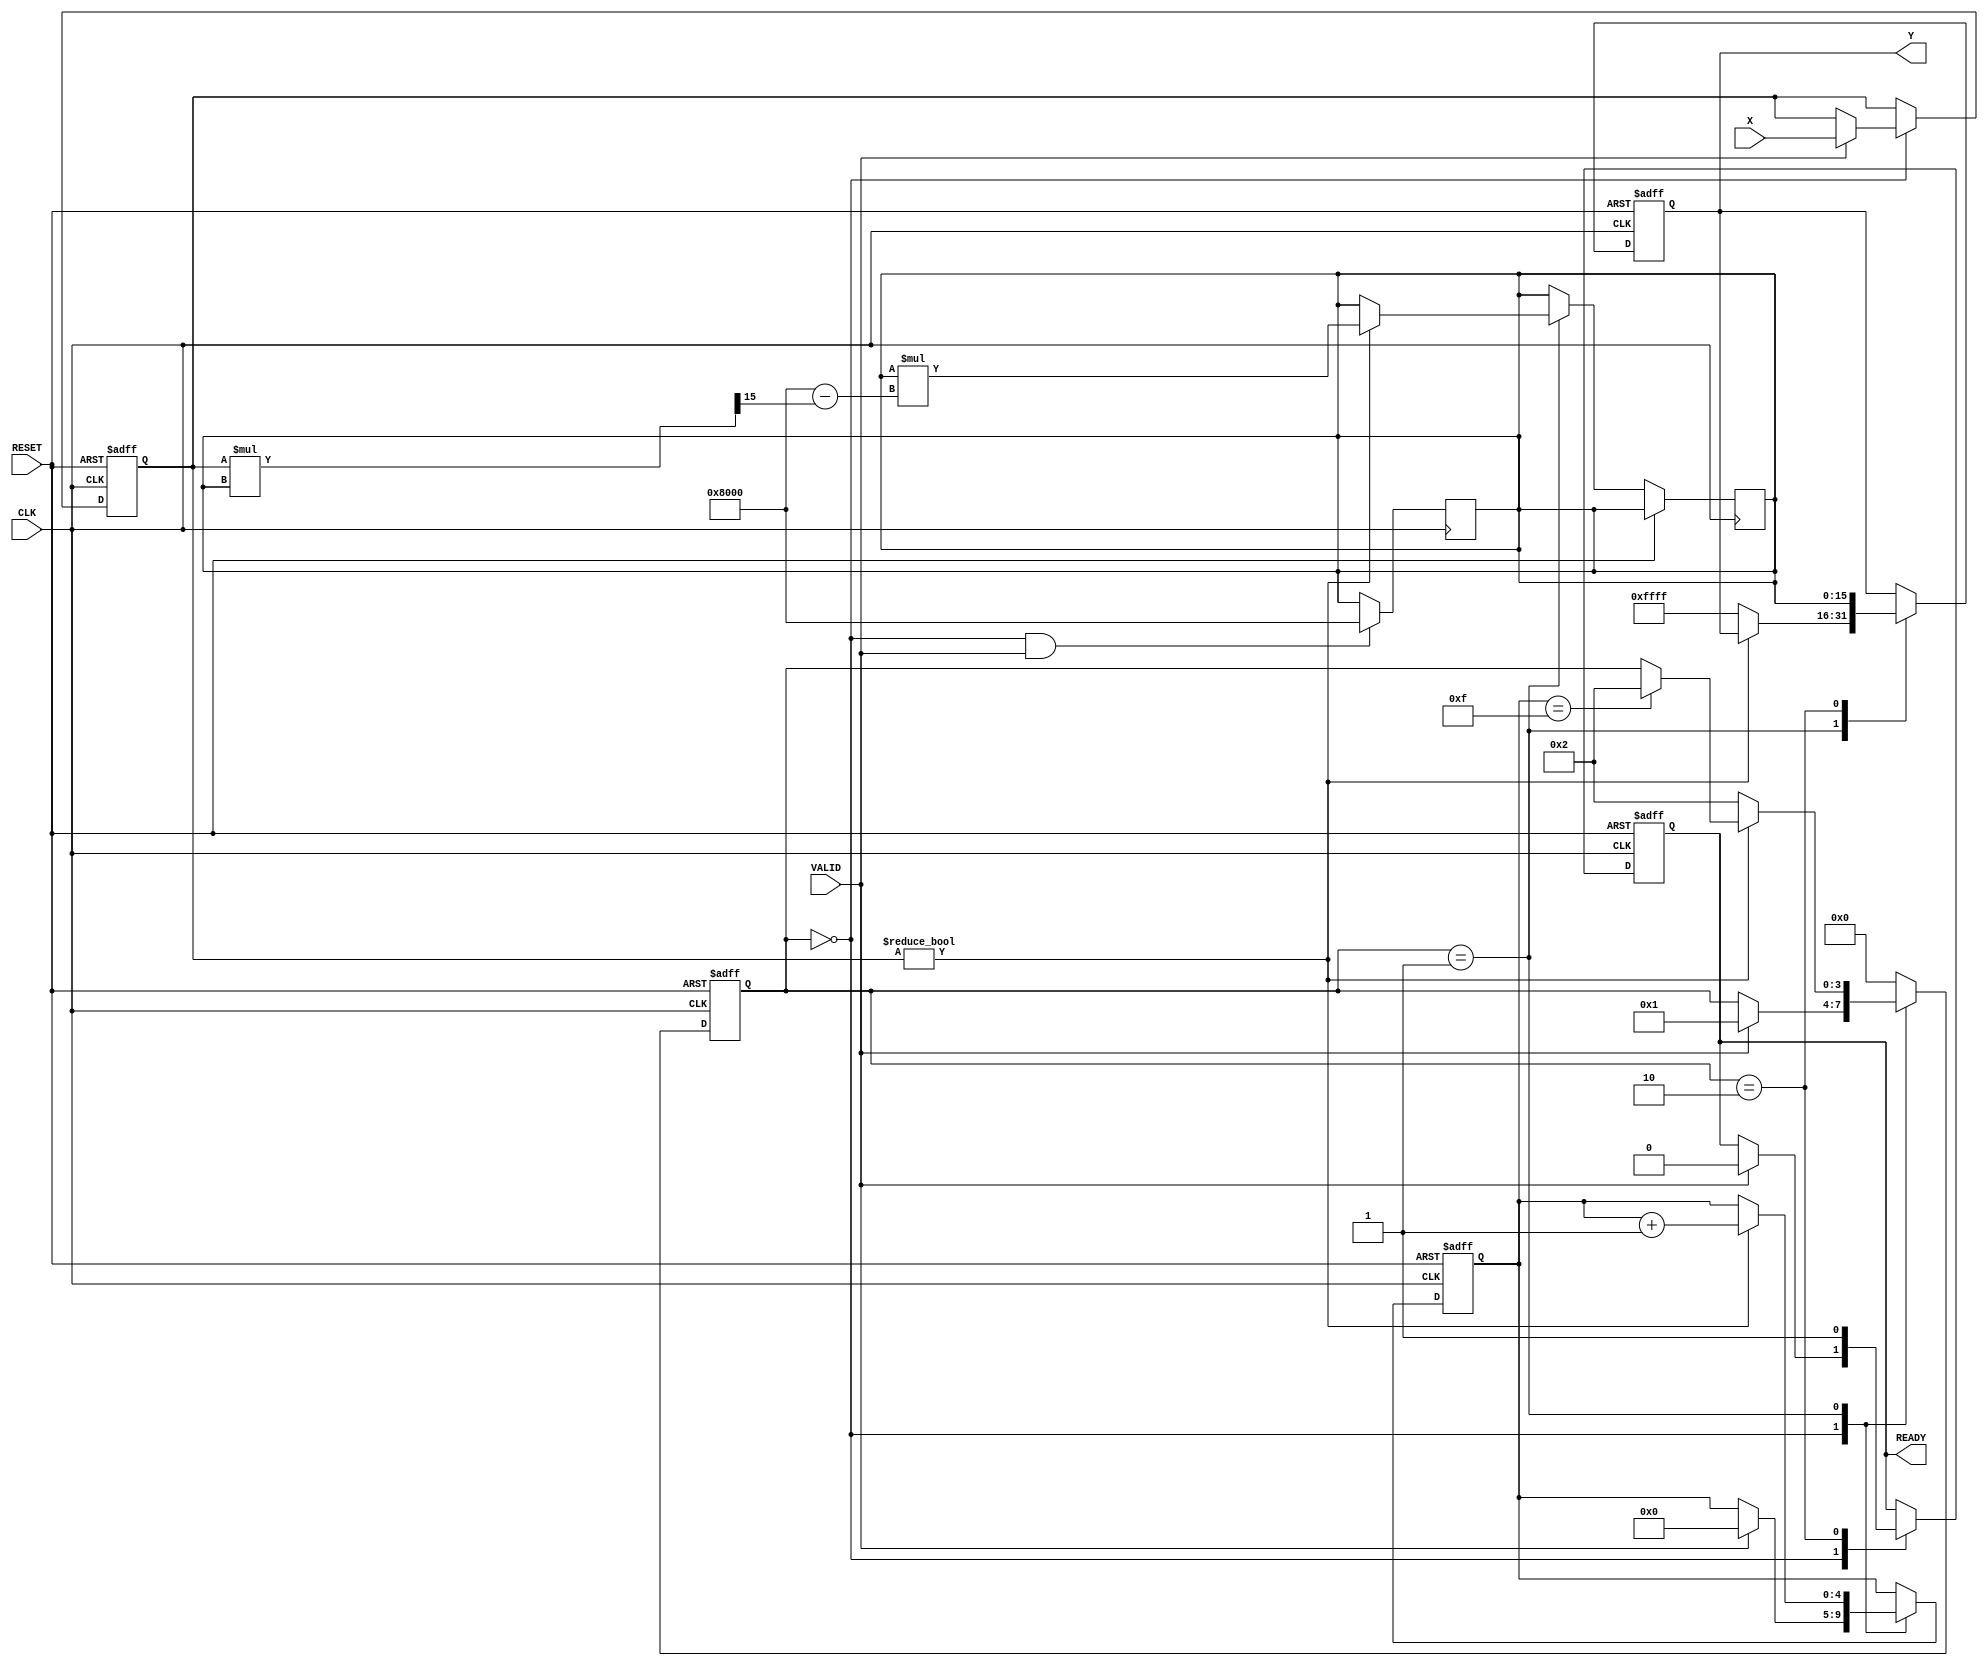
module DirectReciprocalUnit (
    input wire [15:0] X,      // Input data (fixed-point representation)
    input wire VALID,         // Valid signal
    input wire CLK,           // Clock signal
    input wire RESET,         // Asynchronous reset
    output reg [15:0] Y,      // Output data (reciprocal of X)
    output reg READY          // Ready signal
);

    reg [15:0] input_reg;     // Register to hold the input value
    reg [3:0] state;          // State variable for FSM
    reg [15:0] reciprocal;     // Intermediate reciprocal value
    reg [4:0] iteration;      // Iteration counter for Newton-Raphson

    // State encoding
    localparam IDLE = 4'b0000,
               COMPUTE = 4'b0001,
               OUTPUT = 4'b0010;

    // Asynchronous reset and input capture
    always @(posedge CLK or posedge RESET) begin
        if (RESET) begin
            input_reg <= 16'b0;
            Y <= 16'b0;
            READY <= 1'b0;
            state <= IDLE;
            iteration <= 5'b0;
        end else begin
            case (state)
                IDLE: begin
                    if (VALID) begin
                        input_reg <= X;
                        READY <= 1'b0;
                        state <= COMPUTE;
                        iteration <= 5'b0;
                    end
                end
                
                COMPUTE: begin
                    if (input_reg != 16'b0) begin
                        // Newton-Raphson method: x(n+1) = x(n) * (2 - X * x(n))
                        reciprocal <= reciprocal * (16'h8000 - (input_reg * reciprocal >> 15)); // 16'h8000 is 1.0 in fixed-point
                        iteration <= iteration + 1;
                        if (iteration == 5'd15) begin // Limit iterations to prevent infinite loop
                            state <= OUTPUT;
                        end
                    end else begin
                        // Handle zero input case
                        Y <= 16'hFFFF; // Return a predefined value for zero input (e.g., -1)
                        state <= OUTPUT;
                    end
                end
                
                OUTPUT: begin
                    Y <= reciprocal; // Output the computed reciprocal
                    READY <= 1'b1;   // Assert READY signal
                    state <= IDLE;   // Go back to IDLE state
                end
                
                default: state <= IDLE; // Default case
            endcase
        end
    end

    // Initialize reciprocal to a default value
    always @(posedge CLK) begin
        if (state == IDLE && VALID) begin
            reciprocal <= 16'h8000; // Start with an initial guess of 1.0
        end
    end

endmodule